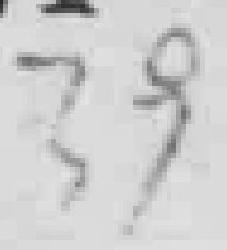
39